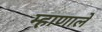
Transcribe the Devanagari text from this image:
म्हाणाले